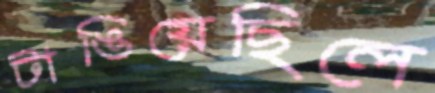
টাঙিয়েছিলে